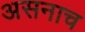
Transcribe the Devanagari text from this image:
असनाच